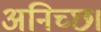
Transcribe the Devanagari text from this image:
अनिच्छ।